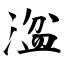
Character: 湓